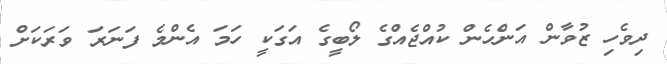
ދިވެހި ޒުވާން އަންހެން ކުއްޖެއްގެ ލޯބީގެ އަގަކީ ހަމަ އެންމެ ފަނަރަ ވަރަކަށް